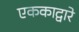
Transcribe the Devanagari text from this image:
एककाद्वारे